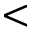
<